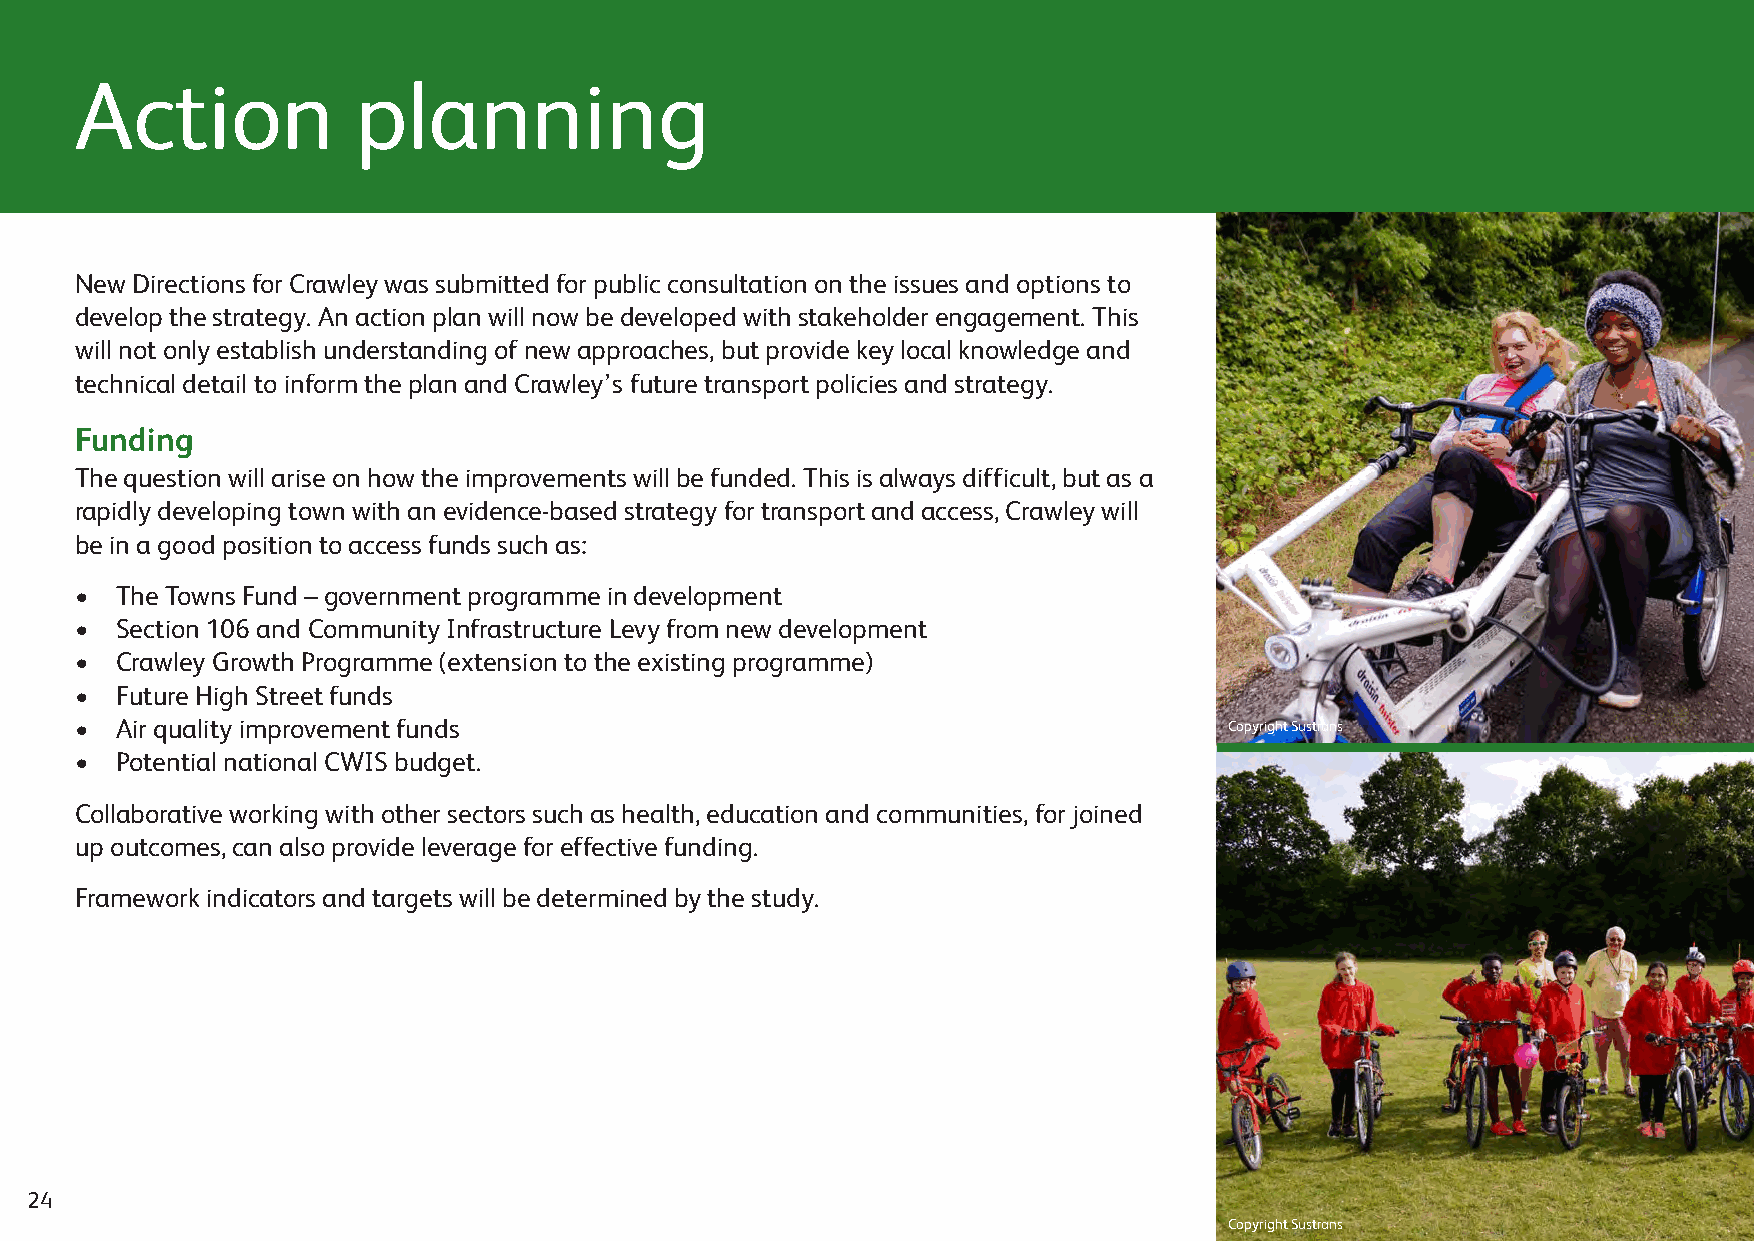
Action             planning
 New Directions for Crawley was submitted for public consultation on the issues and options to
 develop the strategy. An action plan will now be developed with stakeholder engagement. This
 will not only establish understanding of new approaches, but provide key local knowledge and
 technical detail to inform the plan and Crawley’s future transport policies and strategy.
 Funding
 The question will arise on how the improvements will be funded. This is always difficult, but as a
 rapidly developing town with an evidence-based strategy for transport and access, Crawley will
 be in a good position to access funds such as:
 •  The Towns Fund – government programme in development
 •  Section 106 and Community Infrastructure Levy from new development
 •  Crawley Growth Programme (extension to the existing programme)
 •  Future High Street funds
 •  Air quality improvement funds                                            Copyright Sustrans
 •  Potential national CWIS budget.
 Collaborative working with other sectors such as health, education and communities, for joined
 up outcomes, can also provide leverage for effective funding.
 Framework indicators and targets will be determined by the study.
 24
 Copyright Sustrans